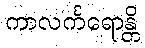
ကာလင်္ကရောန္တိ